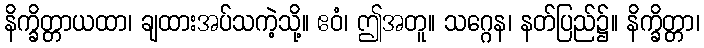
နိက္ခိတ္တာယထာ၊ ချထားအပ်သကဲ့သို့။ ဧဝံ၊ ဤအတူ။ သဂ္ဂေန၊ နတ်ပြည်၌။ နိက္ခိတ္တာ၊